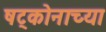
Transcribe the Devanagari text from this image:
षट्कोनाच्या